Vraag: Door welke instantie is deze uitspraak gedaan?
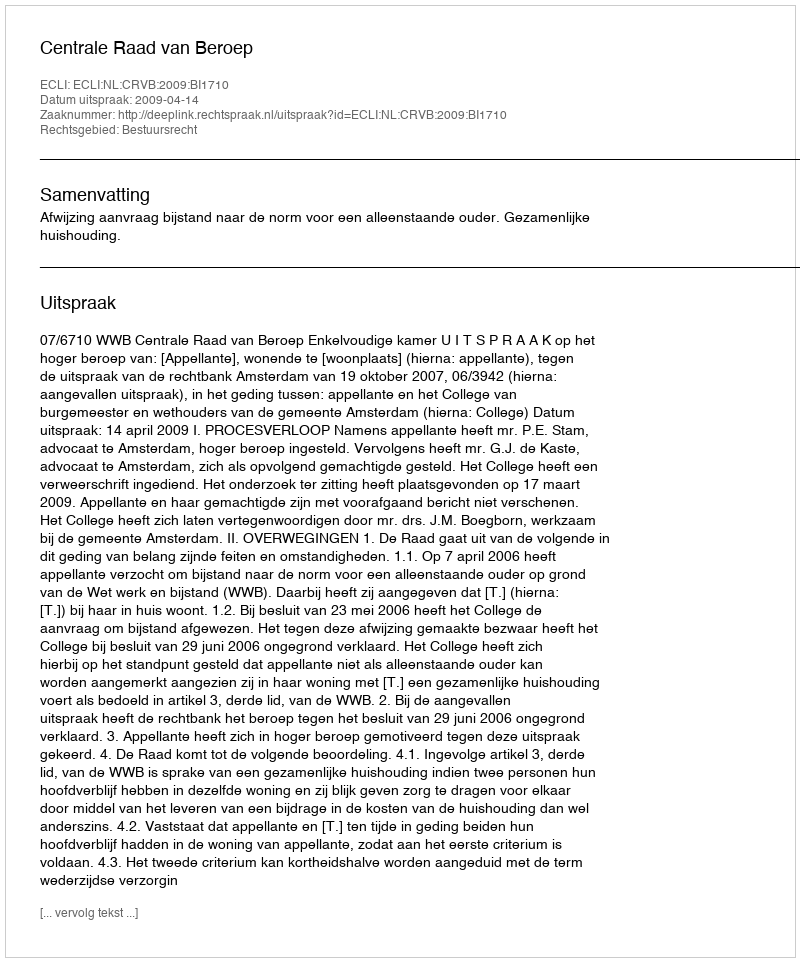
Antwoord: Centrale Raad van Beroep